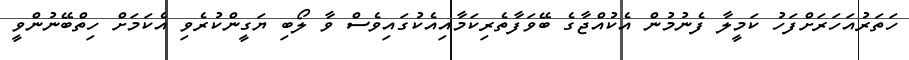
ހަތަރުއަހަރަށްފަހު ކަމީލާ ފެނުމުން އެކުއްޖާގެ ބޭވަފާތެރިކަމާއިއެކުގައިވެސް ވާ ލޯބި ޔަގީންކުރެވި އެކަމަށް ހިތްބޭނުންވީ